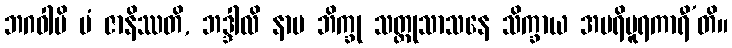
ဘဂဝါပိ မံ ဇာနိဿတိ, ဘဒ္ဒါလိ နာမ ဘိက္ခု သတ္ထုသာသနေ သိက္ခာယ အပရိပူရကာရီ’တိ။